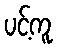
ပင့်ကူ